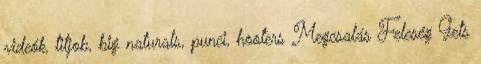
videók, titjob, big naturals, punci, hooters Megcsalás Feleség Gets